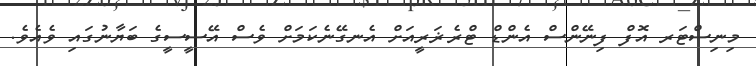
މިނިސްޓަރ އޮފް ފިނޭންސް އެންޑް ޓްރެޜަރީއަށް އެނގޭނެކަމަށް ވެސް އޭސީސީގެ ބަޔާނުގައި ވެއެވެ.